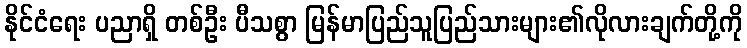
နိုင်ငံရေး ပညာရှိ တစ်ဦး ပီသစွာ မြန်မာပြည်သူပြည်သားများ၏လိုလားချက်တို့ကို